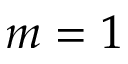
{ m } = 1